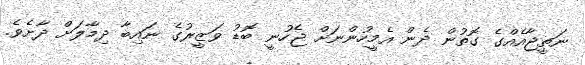
ނަތީޖާއެއްގެ ގޮތުން ދެން އެމީހުންނަށް ޖެހުނީ ބޮޑު ވަޒީރުގެ ނައިބާ ދިމާލަށް ދާށެވެ.